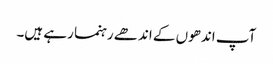
آپ اندھوں کے اندھے رہنما رہے ہیں۔